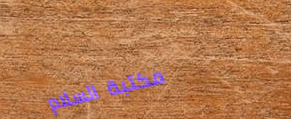
مكتبة السلام